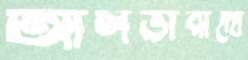
আলভারাদো